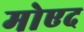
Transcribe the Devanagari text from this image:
मोएद